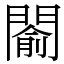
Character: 𨵦